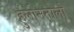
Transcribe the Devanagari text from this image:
हुलोनतालो